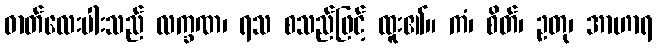
ဓာတ်လေးပါးသည် လက္ခဏ၊ ရသ စသည်ဖြင့် ထူး၏။ ကံ၊ စိတ်၊ ဥတု၊ အာဟာရ